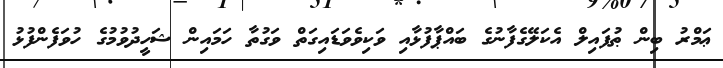
ޢަމްރު ބިން ޠުފައިލް އެކަލޭގެފާނުގެ ބައްޕާފުޅާއި ވަކިވެވަޑައިގަތް ވަގުތާ ހަމައިން ޝަހީދުވުމުގެ ހުވަފެންފުޅު